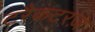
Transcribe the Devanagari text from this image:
टरैकटरज़